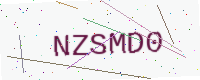
Text: NZSMD0